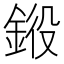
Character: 𨦯